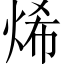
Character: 烯